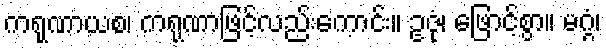
ကရုဏာယစ၊ ကရုဏာဖြင့်လည်းကောင်း။ ဥဇုံ၊ ဖြောင့်စွာ။ မဂ္ဂံ၊